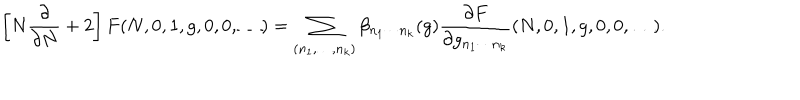
LaTeX: \left[ N \frac { \partial } { \partial N } + 2 \right] F ( N , 0 , 1 , g , 0 , 0 , \ldots ) = \sum _ { ( n _ { 1 } , \ldots , n _ { k } ) } \beta _ { n _ { 1 } \cdots n _ { k } } ( g ) \frac { \partial F } { \partial g _ { n _ { 1 } \cdots n _ { k } } } ( N , 0 , 1 , g , 0 , 0 , \ldots ) .